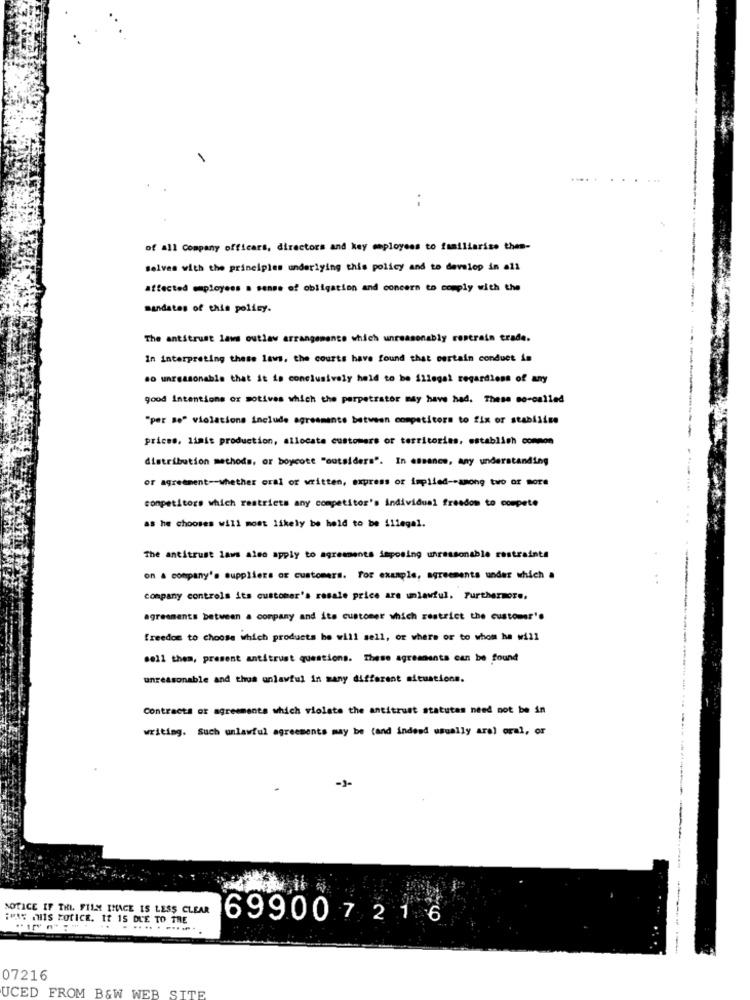
......
of all Company officars, directors and key employees to familiarise then-
Selves with the principles underlying this policy and to develop in all
affected maployees a sense of obligation and concern to comply with the
mandates of this policy.
The antitrust laws outlaw arrangemente which unreasonably restrain trade.
In interpreting these laws, the courts have found that certain conduct in
so unreasonable that it is conclusively held to be illegal regardless of any
good Intentions or sotives which the perpetrator may have had. These so-called
"per Bo" violations include agreemente between competitors to fix or stabilise
prices, limit production, allocate customers or territories, establish common
distribution methods, or boycott "outsiders". In essence, any understanding
or agreement -- whether oral or written, express or implied -- among two or more
.. ..
competitors which restricts any competitor's individual freedom to compete
as he chooses will most likely be held to be illegal.
The antitrust laws also apply to agreements imposing unreasonable restraints
on a company's suppliers of customers. For example, agreements under which a
company controls its customer's rosale price are unlawful. Furthermore.
agreements between a company and its customer which restrict the customer's
freedom to choose which products he will sell, or where or to whom he will
sell them, present antitrust questions. These agreements can be found
unreasonable and thus unlawful in many different situations.
Contracts of agreements which violate the antitrust statutes need not be in
writing. Such unlawful agreements may be (and indeed usually arel oral, or
-1-
NOTICE IF THE FILM IMAGE IS LESS CLEAR
¡PAS THIS POLICE. IT IS DUE TO THE
699007 216
.....
07216
UCED FROM B&W WEB SITE